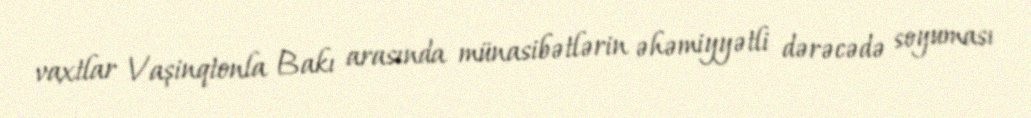
vaxtlar Vaşinqtonla Bakı arasında münasibətlərin əhəmiyyətli dərəcədə soyuması